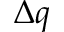
\Delta q